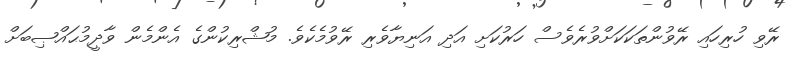
ރޭވި ހުރިހައި ރޭވުންތަކަކަށްވުރެވެސް ހަރުކަށި އަދި އަނިޔާވެރި ރޭވުމެކެވެ. މުޝްރިކުންގެ އެންމެން ވާދީމުޙައްޞިބަށް